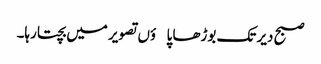
صبح دیر تک بوڑھا پاؤں تصویر میں بچتا رہا۔